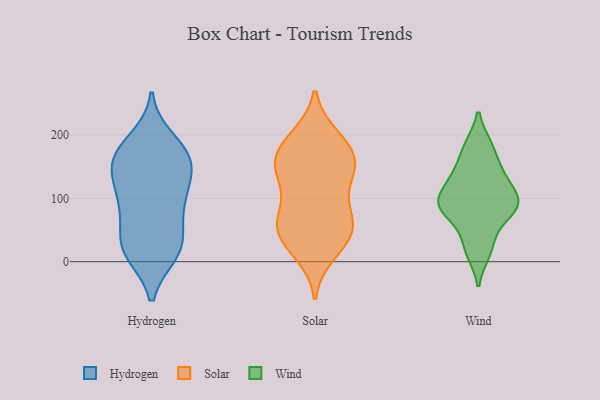
{"axis": {"x": "Bounce Rate (%)", "y": "Value"}, "legend": ["Hydrogen", "Solar", "Wind"], "data": [{"x": "", "y": 172, "type": "Hydrogen"}, {"x": "", "y": 84, "type": "Hydrogen"}, {"x": "", "y": 156, "type": "Hydrogen"}, {"x": "", "y": 87, "type": "Hydrogen"}, {"x": "", "y": 41, "type": "Hydrogen"}, {"x": "", "y": 87, "type": "Hydrogen"}, {"x": "", "y": 167, "type": "Hydrogen"}, {"x": "", "y": 13, "type": "Hydrogen"}, {"x": "", "y": 193, "type": "Hydrogen"}, {"x": "", "y": 135, "type": "Hydrogen"}, {"x": "", "y": 24, "type": "Hydrogen"}, {"x": "", "y": 14, "type": "Hydrogen"}, {"x": "", "y": 116, "type": "Hydrogen"}, {"x": "", "y": 155, "type": "Hydrogen"}, {"x": "", "y": 152, "type": "Hydrogen"}, {"x": "", "y": 13, "type": "Hydrogen"}, {"x": "", "y": 112, "type": "Hydrogen"}, {"x": "", "y": 35, "type": "Hydrogen"}, {"x": "", "y": 179, "type": "Hydrogen"}, {"x": "", "y": 105, "type": "Solar"}, {"x": "", "y": 47, "type": "Solar"}, {"x": "", "y": 135, "type": "Solar"}, {"x": "", "y": 57, "type": "Solar"}, {"x": "", "y": 24, "type": "Solar"}, {"x": "", "y": 61, "type": "Solar"}, {"x": "", "y": 163, "type": "Solar"}, {"x": "", "y": 196, "type": "Solar"}, {"x": "", "y": 195, "type": "Solar"}, {"x": "", "y": 140, "type": "Solar"}, {"x": "", "y": 155, "type": "Solar"}, {"x": "", "y": 14, "type": "Solar"}, {"x": "", "y": 140, "type": "Solar"}, {"x": "", "y": 179, "type": "Solar"}, {"x": "", "y": 166, "type": "Solar"}, {"x": "", "y": 66, "type": "Solar"}, {"x": "", "y": 71, "type": "Solar"}, {"x": "", "y": 44, "type": "Solar"}, {"x": "", "y": 77, "type": "Wind"}, {"x": "", "y": 182, "type": "Wind"}, {"x": "", "y": 22, "type": "Wind"}, {"x": "", "y": 137, "type": "Wind"}, {"x": "", "y": 14, "type": "Wind"}, {"x": "", "y": 88, "type": "Wind"}, {"x": "", "y": 84, "type": "Wind"}, {"x": "", "y": 54, "type": "Wind"}, {"x": "", "y": 94, "type": "Wind"}, {"x": "", "y": 95, "type": "Wind"}, {"x": "", "y": 183, "type": "Wind"}, {"x": "", "y": 134, "type": "Wind"}, {"x": "", "y": 98, "type": "Wind"}, {"x": "", "y": 109, "type": "Wind"}, {"x": "", "y": 145, "type": "Wind"}]}